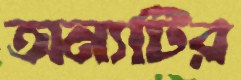
অন্যটির